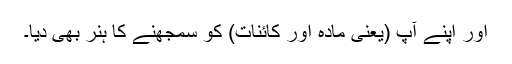
اور اپنے آپ (یعنی مادہ اور کائنات) کو سمجھنے کا ہنر بھی دیا۔